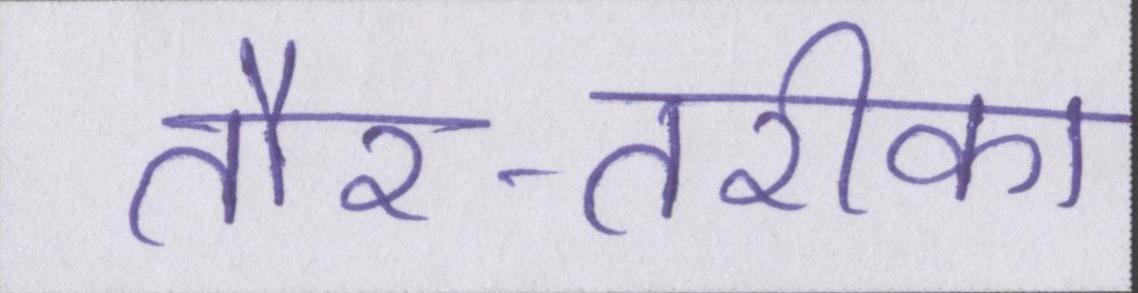
तौर-तरीका